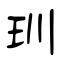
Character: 玔